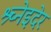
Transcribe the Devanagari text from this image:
श्र्च्नेइदेर